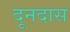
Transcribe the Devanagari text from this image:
दूनदास